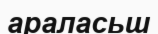
араласьш